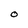
Character: O